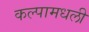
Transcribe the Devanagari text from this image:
कल्पामधली